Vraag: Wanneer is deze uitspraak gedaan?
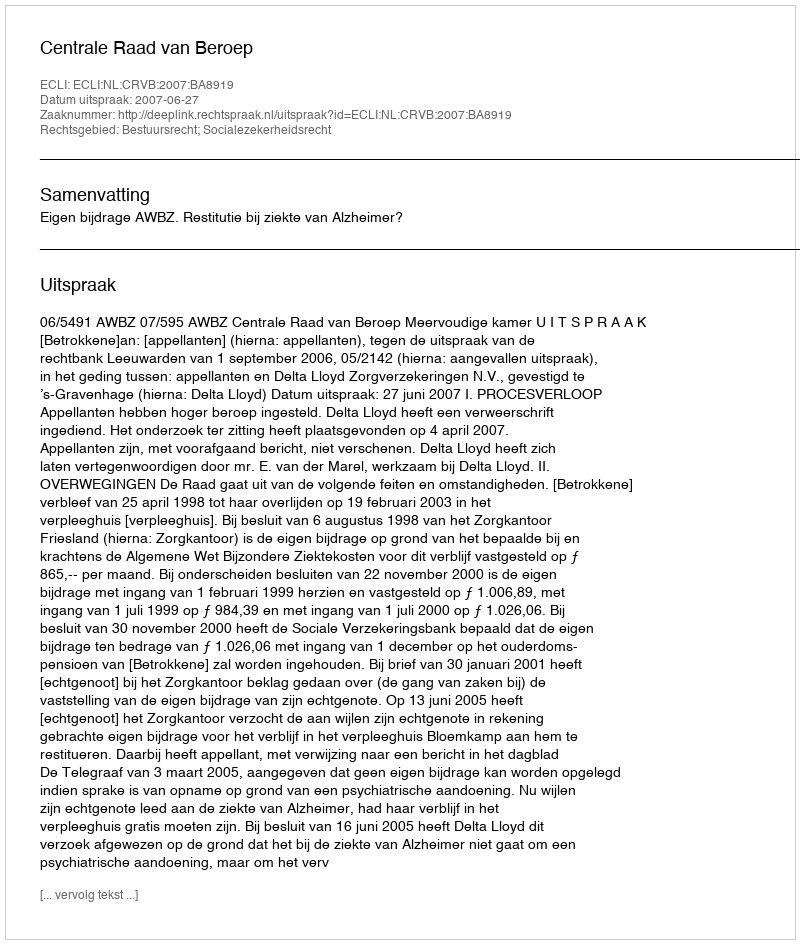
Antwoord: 2007-06-27